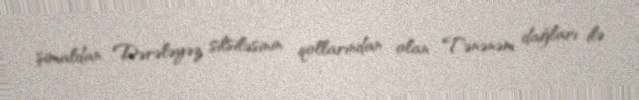
şimaldan Dərələyəz silsiləsinin qollarından olan Tənənəm dağları ilə